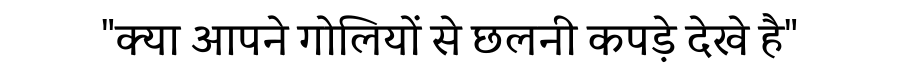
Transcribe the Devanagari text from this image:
"क्या आपने गोलियों से छलनी कपड़े देखे है"